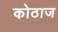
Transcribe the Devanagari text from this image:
कोठाज